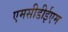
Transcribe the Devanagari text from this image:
एमसीडीईएम